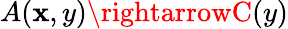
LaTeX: A(\mathbf{x},y)\rightarrowC(y)